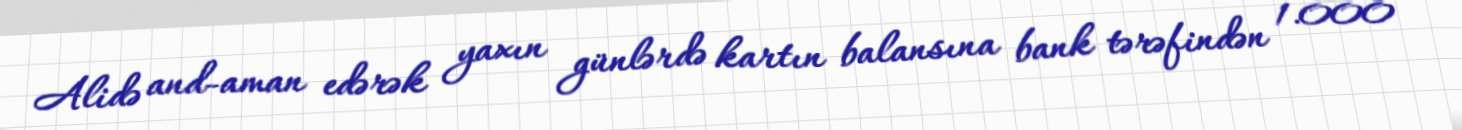
Alidə and-aman edərək yaxın günlərdə kartın balansına bank tərəfindən 1.000